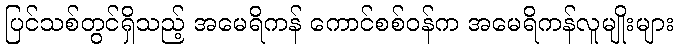
ပြင်သစ်တွင်ရှိသည့် အမေရိကန် ကောင်စစ်ဝန်က အမေရိကန်လူမျိုးများ